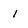
Character: 1